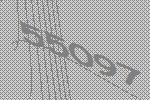
55097